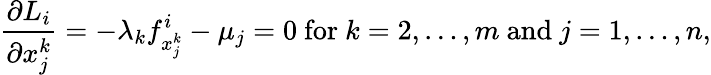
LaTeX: {\frac{\partial L_{i}}{\partial x_{j}^{k}}}=-\lambda_{k}f_{x_{j}^{k}}^{i}-\mu_{j}=0{\mathrm{~for~}}k=2,\ldots,m{\mathrm{~and~}}j=1,\ldots,n,